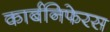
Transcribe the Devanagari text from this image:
कार्बनिफेरस